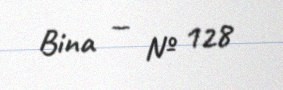
Bina — № 128